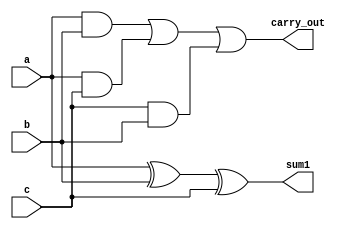



`timescale 1ns/1ns

module FullAdder(input a,b,c, output sum1, carry_out);

wire w1,w2,w3;
assign sum1=a^b^c;
assign w1=a&b;
assign w2=a&c;
assign w3=c&b;
assign carry_out=w1|w2|w3;

endmodule